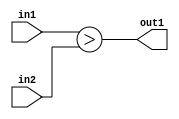
`timescale 1ps / 1ps
/*****************************************************************************
    Verilog RTL Description
    
    
    Created by: Stratus DpOpt 2019.1.01 
*******************************************************************************/

module ImageGradient_LessThan_2Ux2U_1U_1 (
	in2,
	in1,
	out1
	); /* architecture "behavioural" */ 
input [1:0] in2,
	in1;
output  out1;
wire  asc001;

assign asc001 = (in1>in2);

assign out1 = asc001;
endmodule

/* CADENCE  urj5Twg= : u9/ySgnWtBlWxVPRXgAZ4Og= ** DO NOT EDIT THIS LINE ******/